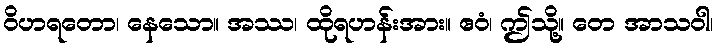
ဝိဟရတော၊ နေသော။ အဿ၊ ထိုရဟန်းအား။ ဧဝံ၊ ဤသို့။ တေ အာသဝါ၊